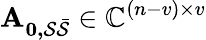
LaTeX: \mathbf{A_{0,\mathcal{S}\mathcal{\bar{S}}}}\in\mathbb{C}^{(n-v)\times v}